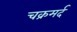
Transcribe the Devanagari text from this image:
चक्रमर्द